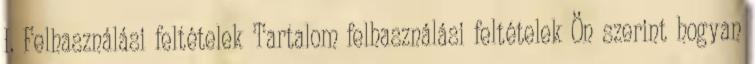
I. Felhasználási feltételek Tartalom felhasználási feltételek Ön szerint hogyan